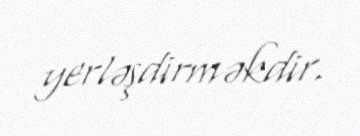
yerləşdirməkdir.